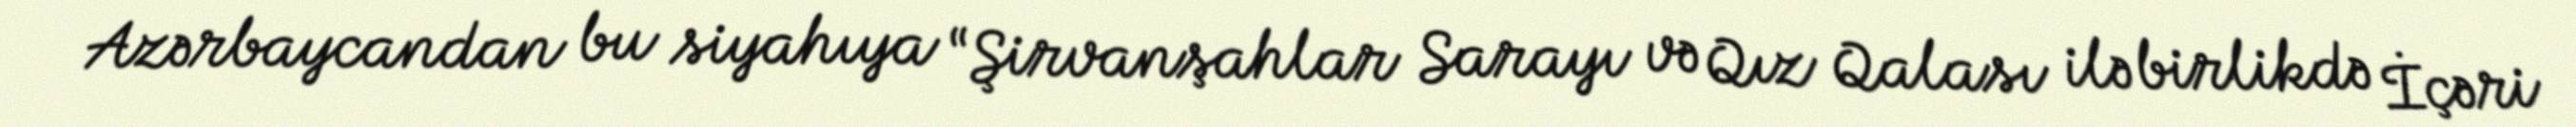
Azərbaycandan bu siyahıya “Şirvanşahlar Sarayı və Qız Qalası ilə birlikdə İçəri